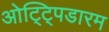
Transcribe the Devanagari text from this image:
ओट्ट्पिडारम